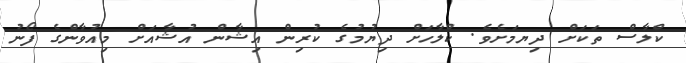
ކްލާސް ތަކަށް ދިޔމަށެވެ. ކްލާހަށް ދިޔުމުގެ ކުރިން އިޝާން އުޝާއަށް މިއުވާންގެ ފޯނު